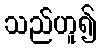
သည်ဟူ၍